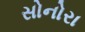
સોનોરા